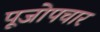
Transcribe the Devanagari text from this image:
पूजोपचार